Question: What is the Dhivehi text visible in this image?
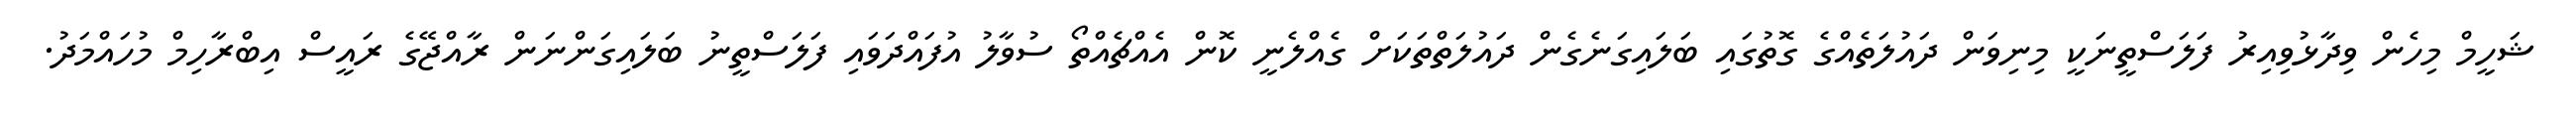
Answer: ޝަހީމް މިހެން ވިދާޅުވިއިރު ފަލަސްތީނަކީ މިނިވަން ދައުލަތެއްގެ ގޮތުގައި ބަލައިގަނެގެން ދައުލަތްތަކަށް ގެއްލެނީ ކޮން އެއްޗެއްތޯ ސުވާލު އުފައްދަވައި ފަލަސްތީނު ބަލައިގަންނަން ރާއްޖޭގެ ރައީސް އިބްރާހިމް މުހައްމަދު.